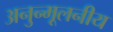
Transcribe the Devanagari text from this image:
अनुन्मूलनीय